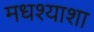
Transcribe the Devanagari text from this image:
मधश्याशा